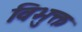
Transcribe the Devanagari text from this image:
विभुक्त